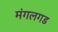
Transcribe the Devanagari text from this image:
मंगलगड